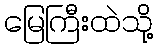
မြေကြီးထဲသို့